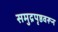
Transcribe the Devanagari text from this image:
समुद्रपृष्ठवरून